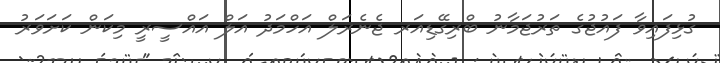
ގުޅިފައިވާ ފައުޖުގެ ތަރުޖަމާނު ބްރިގޭޑިއަރ ޖެނެރަލް އަހްމަދު އަލް އައްސީރީ މިކަން ކަށަވަރު